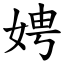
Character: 娉